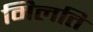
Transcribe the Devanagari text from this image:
मिलति